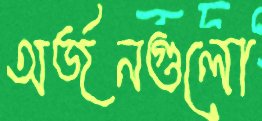
অর্জনগুলো